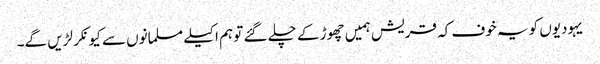
یہودیوں کو یہ خوف کہ قریش ہمیں چھوڑ کے چلے گئے تو ہم اکیلے مسلمانوں سے کیونکر لڑیں گے۔